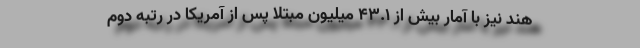
هند نیز با آمار بیش از ۴۳.۱ میلیون مبتلا پس از آمریکا در رتبه دوم